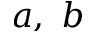
a , ~ b